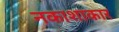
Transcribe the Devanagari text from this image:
नकाशाकार